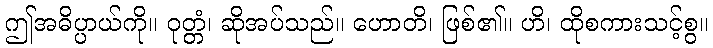
ဤအဓိပ္ပာယ်ကို။ ဝုတ္တံ၊ ဆိုအပ်သည်။ ဟောတိ၊ ဖြစ်၏။ ဟိ၊ ထိုစကားသင့်စွ။